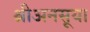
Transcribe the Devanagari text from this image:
श्रीअनसूया